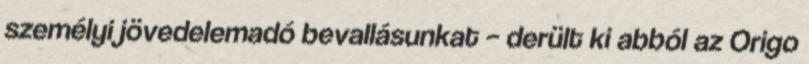
személyi jövedelemadó bevallásunkat – derült ki abból az Origo